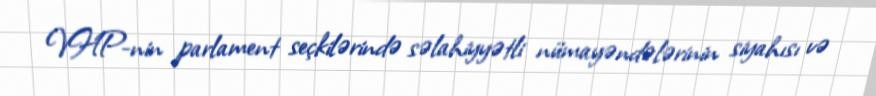
VHP-nin parlament seçkilərində səlahiyyətli nümayəndələrinin siyahısı və